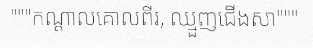
"""កណ្តាលគោលពីរ, ឈ្មួញជើងសា"""